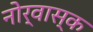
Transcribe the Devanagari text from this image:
नोर्वास्क